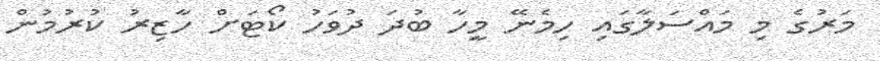
މަރުގެ މި މައްސަލާގައި ހިމެނޭ މީހާ ބުދަ ދުވަހު ކޯޓަށް ހާޒިރު ކުރުމުން